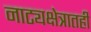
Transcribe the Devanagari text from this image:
नाट्यक्षेत्रातही